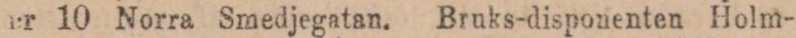
n:r 10 Norra Smedjegatan. Bruks-disponenten Holm-